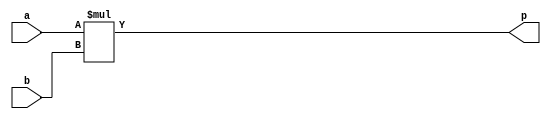
`timescale 1ns/1ps

module multiplier #( parameter N = 4 ) (
    input [N-1:0] a, b,
    output [2*N-1:0] p
);
    assign p = a * b;
endmodule

module SDFF (
    input clk, rst_n, d, scan_in, scan_en,
    output reg q
);
    always @(posedge clk)
        if (rst_n)
            q <= scan_en ? scan_in : d;
        else
            q <= 1'b0;
endmodule

module Scan_Chain_Design (
    input clk, rst_n, scan_in, scan_en,
    output scan_out
);

wire [7:0] p;
wire [6:0] w;

SDFF sdff[7:0]({8{clk}}, {8{rst_n}}, p, {scan_in, w[6:0]}, {8{scan_en}}, {w[6:0], scan_out});
multiplier m(w[6:3], {w[2:0], scan_out}, p);

endmodule

module Many_To_One_LFSR #(parameter N = 8) (
    input clk, rst_n,
    output out
);

reg [N-1:0] dff;

always @(posedge clk) begin
    if (rst_n)
        dff <= {dff[6:0], dff[1] ^ dff[2] ^ dff[3] ^ dff[7]};
    else
        dff <= 8'b10111101;
end

assign out = dff[7];

endmodule

module Built_In_Self_Test(clk, rst_n, scan_en, scan_in, scan_out);
input clk;
input rst_n;
input scan_en;
output scan_in;
output scan_out;

Many_To_One_LFSR fib_lfsr(clk, rst_n, scan_in);
Scan_Chain_Design scd(clk, rst_n, scan_in, scan_en, scan_out);

endmodule